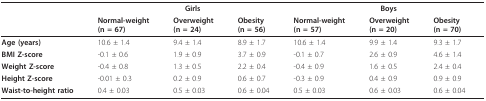
<table><thead><tr><td></td><td colspan="3"><b>Girls</b></td><td colspan="3"><b>Boys</b></td></tr><tr><td></td><td><b>Normal-weight(n = 67)</b></td><td><b>Overweight(n = 24)</b></td><td><b>Obesity(n = 56)</b></td><td><b>Normal-weight(n = 57)</b></td><td><b>Overweight(n = 20)</b></td><td><b>Obesity(n = 70)</b></td></tr></thead><tbody><tr><td><b>Age (years)</b></td><td>10.6 ± 1.4</td><td>9.4 ± 1.4</td><td>8.9 ± 1.7</td><td>10.6 ± 1.4</td><td>9.9 ± 1.4</td><td>9.3 ± 1.7</td></tr><tr><td><b>BMI Z-score</b></td><td>-0.1 ± 0.6</td><td>1.9 ± 0.9</td><td>3.7 ± 0.9</td><td>-0.1 ± 0.7</td><td>2.6 ± 0.9</td><td>4.6 ± 1.4</td></tr><tr><td><b>Weight Z-score</b></td><td>-0.4 ± 0.8</td><td>1.3 ± 0.5</td><td>2.2 ± 0.4</td><td>-0.4 ± 0.9</td><td>1.6 ± 0.5</td><td>2.4 ± 0.4</td></tr><tr><td><b>Height Z-score</b></td><td>-0.01 ± 0.3</td><td>0.2 ± 0.9</td><td>0.6 ± 0.7</td><td>-0.3 ± 0.9</td><td>0.4 ± 0.9</td><td>0.9 ± 0.9</td></tr><tr><td><b>Waist-to-height ratio</b></td><td>0.4 ± 0.03</td><td>0.5 ± 0.03</td><td>0.6 ± 0.04</td><td>0.5 ± 0.03</td><td>0.6 ± 0.03</td><td>0.6 ± 0.04</td></tr></tbody></table>